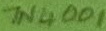
Text: 1N4001